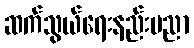
ဆက်သွယ်ရေးနည်းပညာ